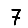
Digit: 7